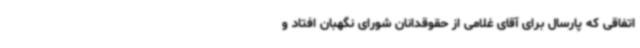
اتفاقی که پارسال برای آقای غلامی از حقوقدانان شورای نگهبان افتاد و